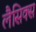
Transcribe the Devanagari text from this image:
लैसिक्स